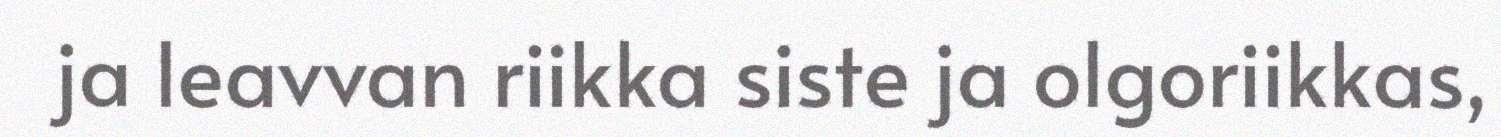
ja leavvan riikka siste ja olgoriikkas,